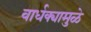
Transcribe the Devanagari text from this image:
वार्धक्यामुळे